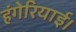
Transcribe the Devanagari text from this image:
हंगेरियाई।